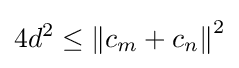
4d^{2}\leq \left\|c_{m}+c_{n}\right\|^{2}